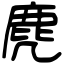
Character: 麂